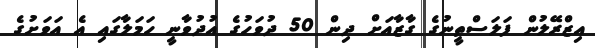
އިޒްރޭލުން ފަލަސްތީނުގެ ގާޒާއަށް ދިން 50 ދުވަހުގެ އުދުވާނީ ހަމަލާގައި އެ އަވަށުގެ